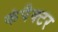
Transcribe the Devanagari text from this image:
कंपैक्टर